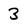
Character: 3